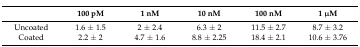
<table><thead><tr><td></td><td><b>100 pM</b></td><td><b>1 nM</b></td><td><b>10 nM</b></td><td><b>100 nM</b></td><td><b>1 μM</b></td></tr></thead><tbody><tr><td>Uncoated</td><td>1.6 ± 1.5</td><td>2 ± 2.4</td><td>6.3 ± 2</td><td>11.5 ± 2.7</td><td>8.7 ± 3.2</td></tr><tr><td>Coated</td><td>2.2 ± 2</td><td>4.7 ± 1.6</td><td>8.8 ± 2.25</td><td>18.4 ± 2.1</td><td>10.6 ± 3.76</td></tr></tbody></table>